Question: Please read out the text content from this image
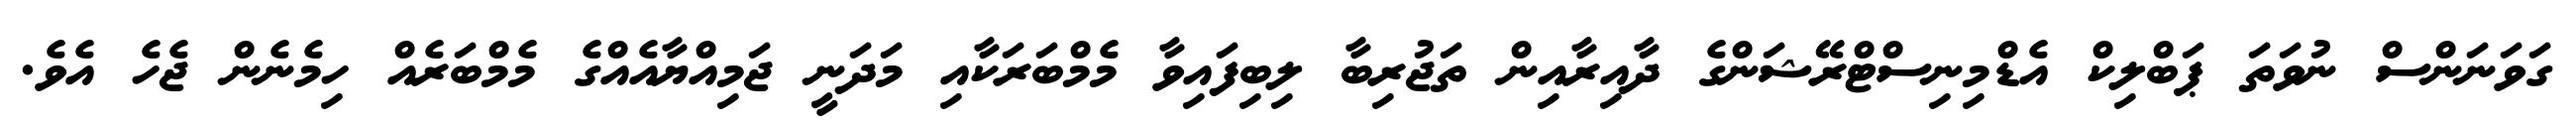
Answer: ގަވަނަންސް ނުވަތަ ޕަބްލިކް އެޑްމިނިސްޓްރޭޝަންގެ ދާއިރާއިން ތަޖުރިބާ ލިބިފައިވާ މެމްބަރަކާއި މަދަނީ ޖަމިއްޔާއެއްގެ މެމްބަރެއް ހިމެނެން ޖެހެ އެވެ.